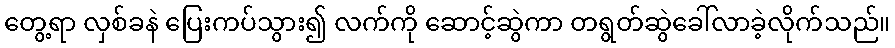
တွေ့ရာ လှစ်ခနဲ ပြေးကပ်သွား၍ လက်ကို ဆောင့်ဆွဲကာ တရွတ်ဆွဲခေါ်လာခဲ့လိုက်သည်။